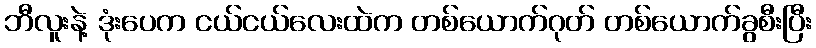
ဘီလူးနဲ့ ဒုံးပေက ငယ်ငယ်လေးထဲက တစ်ယောက်ဂုတ် တစ်ယောက်ခွစီးပြီး